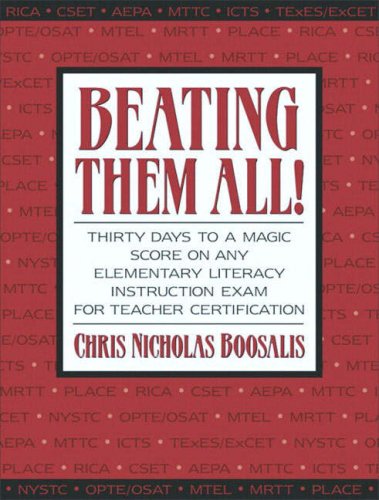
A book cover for Beating Them All! Thirty Days to a Magic Score on Any Elementary Literacy Instruction Exam for Teacher Certification; Chris Nicholas Boosalis; Test Preparation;